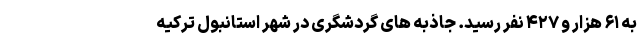
به ۶۱ هزار و ۴۲۷ نفر رسید. جاذبه های گردشگری در شهر استانبول ترکیه